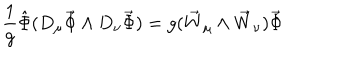
\frac { 1 } { g } \hat { \Phi } ( D _ { \mu } \vec { \Phi } \wedge D _ { \nu } \vec { \Phi } ) = g ( \vec { W } _ { \mu } \wedge \vec { W } _ { \nu } ) \vec { \Phi }